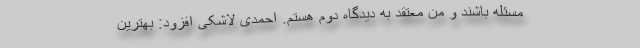
مسئله باشند و من معتقد به دیدگاه دوم هستم. احمدی لاشکی افزود: بهترین